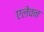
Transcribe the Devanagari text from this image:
एलेवन